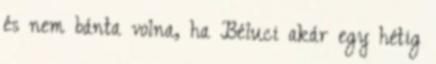
és nem bánta volna, ha Béluci akár egy hétig